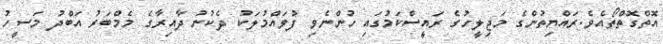
އޮތްގޮތްތޯއެވެ.ރައްޔިތުންގެ މަޖިލީހުގެ ރައީސްކަމުގައި ހުންނެވި ފުވައްމުލަކު ދެކުނު ދާއިރާގެ މެމްބަރު އަބްދު މަސީހު